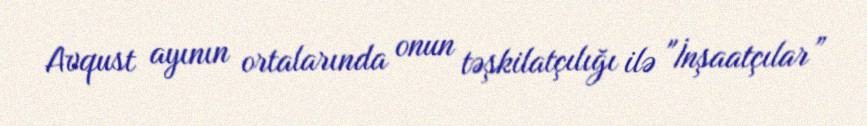
Avqust ayının ortalarında onun təşkilatçılığı ilə "İnşaatçılar”